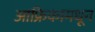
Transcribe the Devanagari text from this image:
आफ्रिकामधून